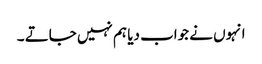
انہوں نے جواب دیا ہم نہیں جاتے ۔